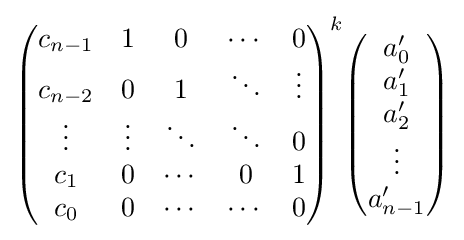
{\begin{pmatrix}c_{n-1}&1&0&\cdots &0\\c_{n-2}&0&1&\ddots &\vdots \\\vdots &\vdots &\ddots &\ddots &0\\c_{1}&0&\cdots &0&1\\c_{0}&0&\cdots &\cdots &0\end{pmatrix}}^{k}{\begin{pmatrix}a'_{0}\\a'_{1}\\a'_{2}\\\vdots \\a'_{n-1}\end{pmatrix}}